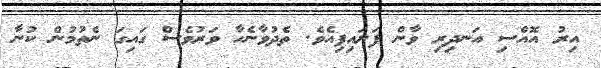
އިރު އޮއްސި އަނދިރި ވާން ފަށައިފިއެވެ. ތެދުވާނެހާ ވަރުވެސް ގައިގަ ނެތުމުން ކުނާ